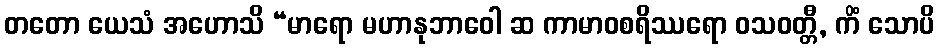
တတော ယေသံ အဟောသိ “မာရော မဟာနုဘာဝေါ ဆ ကာမာဝစရိဿရော ဝသဝတ္တီ, ကိံ သောပိ